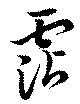
霑